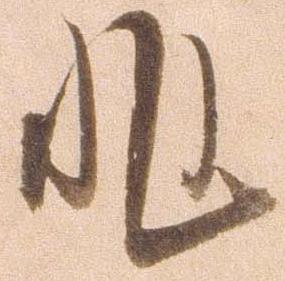
非